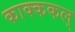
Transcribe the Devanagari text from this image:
काक्ककल्